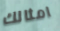
امثالك